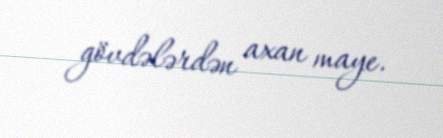
gövdələrdən axan maye.